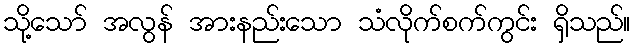
သို့သော် အလွန် အားနည်းသော သံလိုက်စက်ကွင်း ရှိသည်။